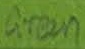
Text: Green